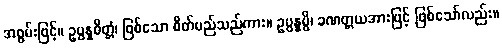
အစွမ်းဖြင့်။ ဥပ္ပန္နစိတ္တံ၊ ဖြစ်သော စိတ်မည်သည်ကား။ ဥပ္ပန္နမ္ပိ၊ ခဏတ္တယအားဖြင့် ဖြစ်သော်လည်း။